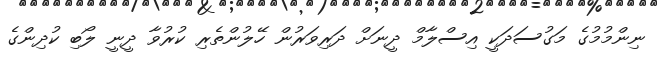
ނިންމުމުގެ މަގުސަދަކީ އިސްލާމް ދީނަށް ދަރިވަރުން ހޭލުންތެރި ކުރުވާ ދީނީ ލޯބި ކުދިންގެ